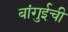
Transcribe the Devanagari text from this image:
बांगुईची